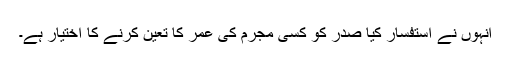
انہوں نے استفسار کیا صدر کو کسی مجرم کی عمر کا تعین کرنے کا اختیار ہے۔